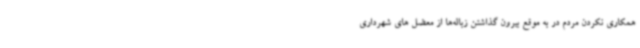
همکاری نکردن مردم در به موقع بیرون گذاشتن زباله‌ها از معضل های شهرداری